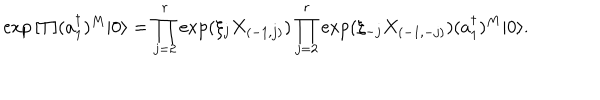
LaTeX: \exp { [ T ] } ( a _ { 1 } ^ { \dagger } ) ^ { M } | 0 \rangle = \prod _ { j = 2 } ^ { r } \exp ( \xi _ { j } X _ { ( - 1 , j ) } ) \prod _ { j = 2 } ^ { r } \exp ( \xi _ { - j } X _ { ( - 1 , - j ) } ) ( a _ { 1 } ^ { \dagger } ) ^ { M } | 0 \rangle .